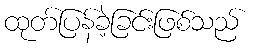
ထုတ်ပြန်ခဲ့ခြင်းဖြစ်သည်